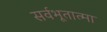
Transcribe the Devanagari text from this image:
सर्वभूतात्मा